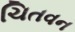
ચિતવન